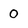
Character: 0